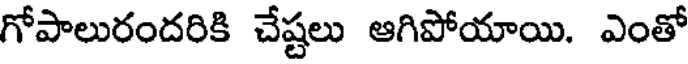
గోపాలురందరికి చేష్టలు ఆగిపోయాయి. ఎంతో